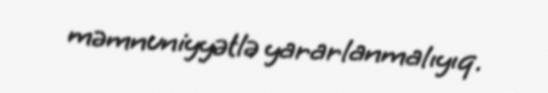
məmnuniyyətlə yararlanmalıyıq.